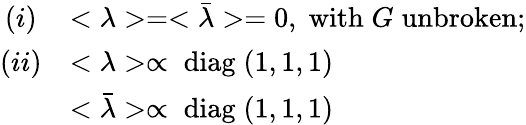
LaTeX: \begin{array}{cl}{{(i)}}&{{<\lambda>=<\bar{\lambda}>=0,\; \mathrm{with}\; G\; \mathrm{unbroken};\strut}}\\ {{(ii)}}&{{<\lambda>\propto\; \mathrm{diag}\; (1,1,1)\strut}}\\ {{}}&{{<\bar{\lambda}>\propto\; \mathrm{diag}\; (1,1,1)}}\end{array}